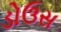
ડોઉસ